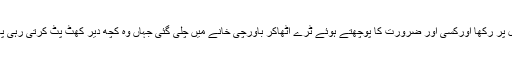
تھوڑی دیر بعد وہ آئی، قہوے کا مگ سائیڈ ٹیبل پر رکھا اورکسی اور ضرورت کا پوچھتے ہوئے ٹرے اٹھاکر باورچی خانے میں چلی گئی جہاں وہ کچھ دیر کھٹ پٹ کرتی رہی پھر سونے کے لیے اوپر کی منزل پر چلی گئی۔